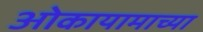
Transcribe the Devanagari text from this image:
ओकायामाच्या